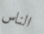
الناس